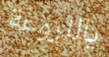
ياللروعة